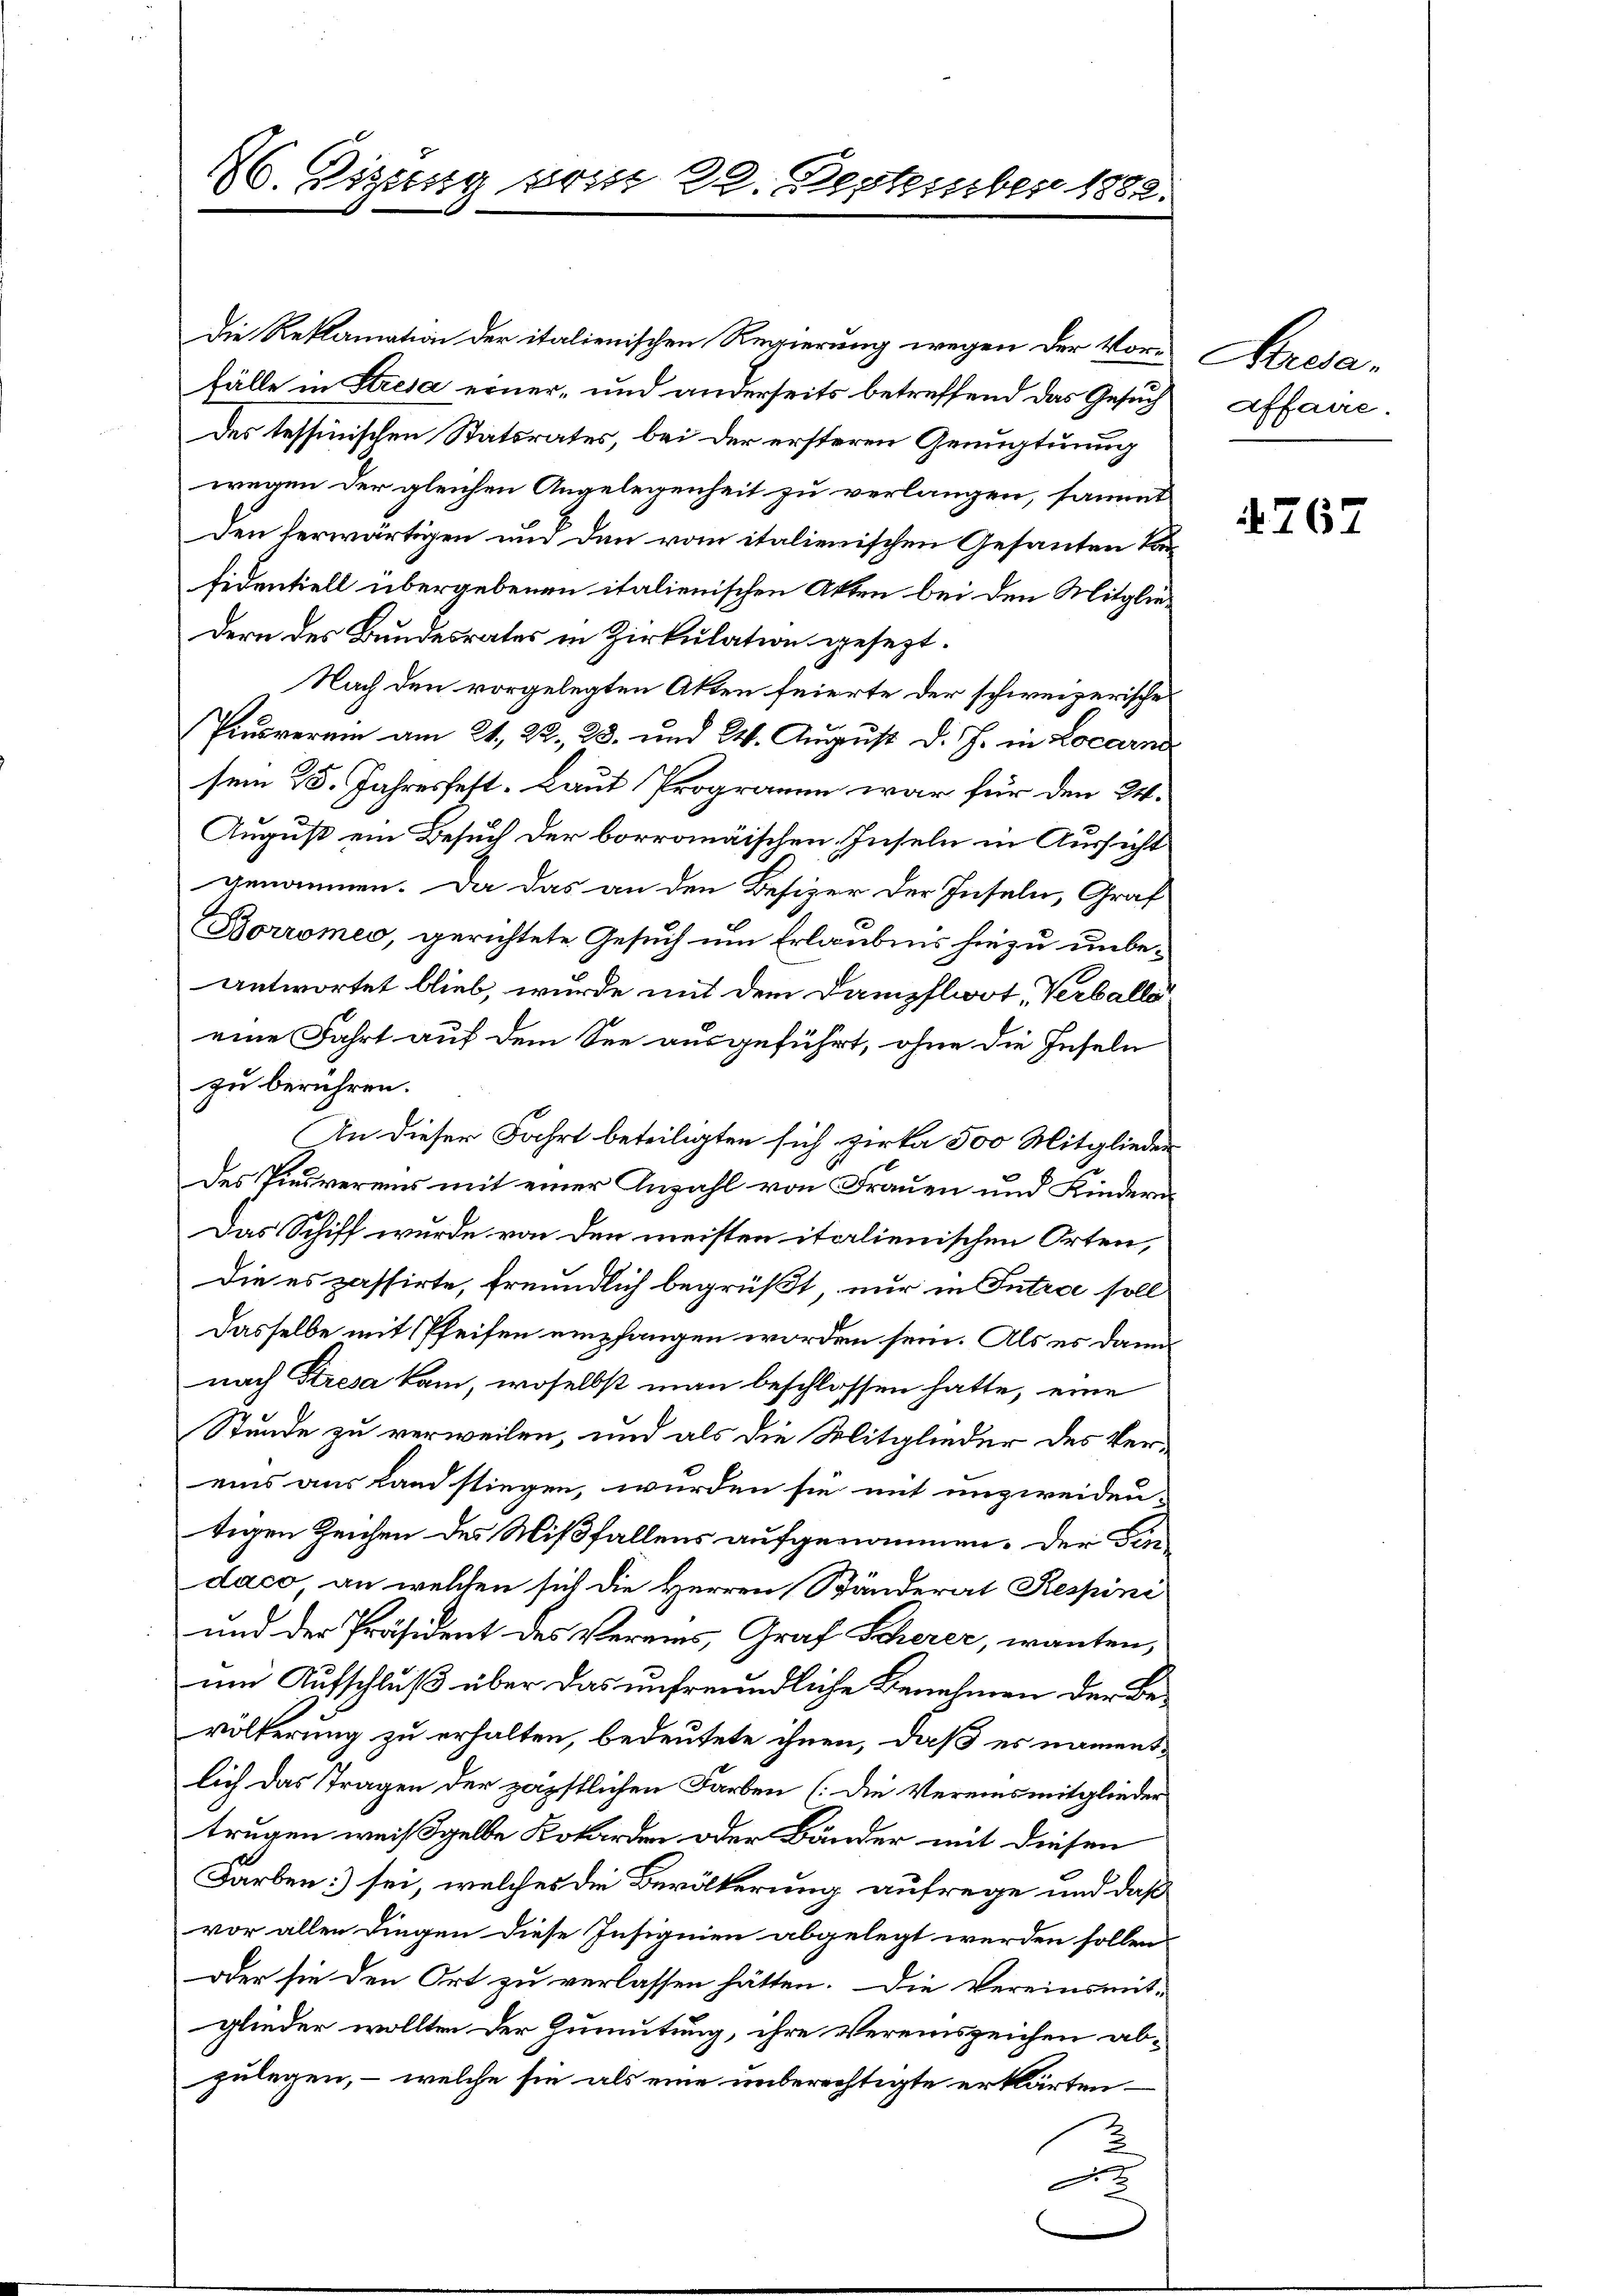
fälle in Stresa erner- und anderseits betreffend das Gesuch
Des tessinischen Statsrates, bei der ersteren Genugtuung
wegen der gleichen Angelegenheit zu verlangen, sammt
Den herwärtigen und den vom italienischen Gesanten Kanfidentiell übergebenen italienischen Akten bei den Mitgliedern des Bundesrates in Zirkulation gesezt.
Nach den vorgelegten Akten feierte der schweizerisches
Piusverein am 21. 22, 28. und 24. August d. J. in Locarn
sem 15. Jahresfest. Laut Programm war für den 24.
August ein Besuch der borromäischen Inseln in Aussicht
genommen. Da das an den Besizer der Inseln, Graf
Borromes, gerichtete Gesuch um Erlaubnis hiezu unbe-
antwortet blieb, wurde mit dem Dampflwot, Verballe
eine Fahrt auf dem See ausgeführt, ohne die Inseln
zu berühren.
In dieser Fahrt beteiligten sich zirka 500 Mitglieder
Des Pinsvereins mit einer Anzahl von Frauen und Kindern
Das Schiff wurde von den meisten italienischen Orten,
Die es passirte, freundlich begrüßt nur in Intree soll
Dasselbe mit Pfeifen empfangen worden sein. Als es dami
nach Stresa kam, woselbst man beschlossen hatte, eine
Stunde zu verweilen, und als die Mitglieder des Vereins aus Land stiegen, wurden sie mit unzweiden-
tigen Zeichen des Mißfallens aufgenommen. Der Findaco an welchen sich die Herren Bänderat Respini
und der Präsident des Vereins, Graf Scherer, wanten,
um Aufschluß über das unfreundliche Benehmen der Bevölkerung zu erhalten, bedeutete ihnen, daß es namentlich das Tragen der zäpstlichen Farben (die Vereinsmitglieder
trugen weißgelbe Kobarden oder Bänder mit diesen
Farben sei, welches die Bevölkerung aufrege und daß
vor allen Dingen diese Insignien abgelegt werden sollen.
oder sie den Ort zu verlassen hätten. Die Vereinsmit-
glieder wollten der Zumutung, ihre Vereinszeichen abzulegen, – welche sie als eine unberechtigte erklärten.
x

26. Digung prist 22. September 1882.

Die Reklamation der italienischen Regierung wegen der Vor¬

Bereda.
Affaire.

767